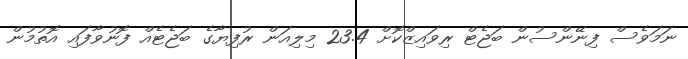
ނަމަވެސް ފިނޭންސުން ބަޖެޓް ރިވައިޒްކޮށް 23.4 މިލިއަން ރުފިޔާގެ ބަޖެޓެއް ފޮނުވާފައި އޮތުމުން